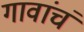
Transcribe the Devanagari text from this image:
गावांचं